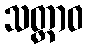
သတ္ထာဝ